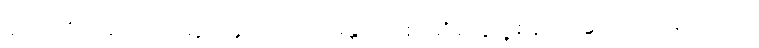
ဆက်တိုက်ဆိုသလို ဆွတ်ခူးတဲ့အထိ မန္တလေးစာဆိုတွေရဲ့ စန်းက တောက်ပခဲ့ပါတယ်။